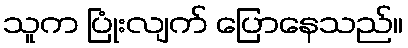
သူက ပြုံးလျက် ပြောနေသည်။